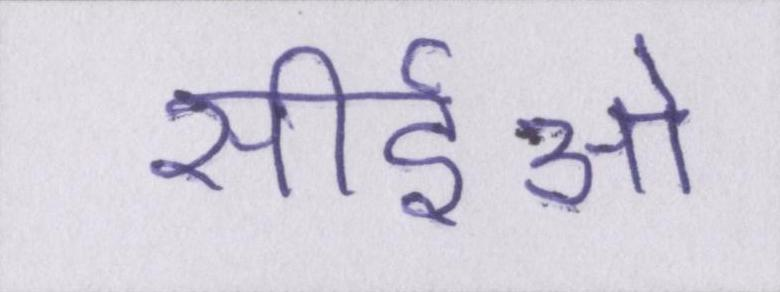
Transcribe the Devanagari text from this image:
सीईओ